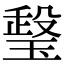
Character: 𤧧